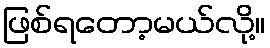
ဖြစ်ရတော့မယ်လို့။